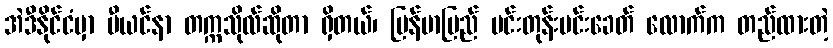
အဲဒီနိုင်ငံမှာ ဗီယင်နာ တက္ကသိုလ်ဆိုတာ ရှိတယ်၊ မြန်မာပြည် မင်းတုန်းမင်းခေတ် လောက်က တည်ထားတဲ့